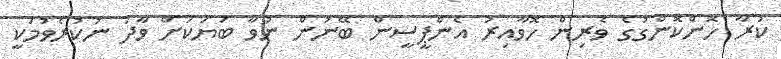
ކުރާ ހޮންކޮންގުގެ ވެރިން ހޮވާއިރު އެންޕީސީން ބޭނުން ނުވާ ބަޔަކަށް ވާދަ ނުކުރެވުމަކީ